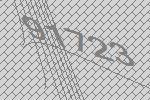
91723